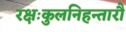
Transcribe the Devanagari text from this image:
रक्षःकुलनिहन्तारौ